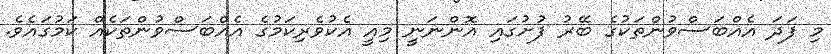
މި ފަދަ އެއްބަސްވުންތަކުގެ ބޭރު ފުށުގައި އޮންނަނީ މިއީ އެކުވެރިކަމުގެ އެއްބަސްވުންތަކެއް ކަމުގައެވެ.